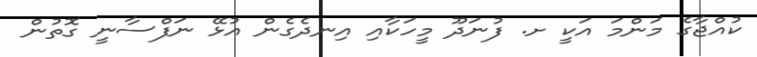
ކުއްޖާގެ މަންމަ އަކީ ށ. ފުނަދޫ މީހަކާއި އިނދެގެން އުޅޭ ނަފްސާނީ ގޮތުން